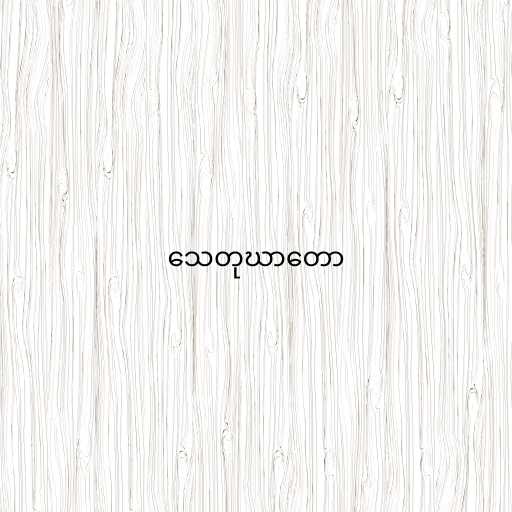
သေတုဃာတော